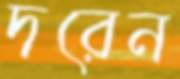
দরেন